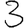
Digit: 3